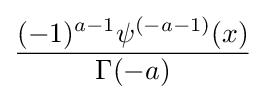
{\frac {(-1)^{a-1}\psi ^{(-a-1)}(x)}{\Gamma (-a)}}